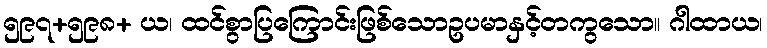
၅၉၇+၅၉၈+ ယ၊ ထင်စွာပြကြောင်းဖြစ်သောဥပမာနှင့်တကွသော။ ဂါထာယ၊